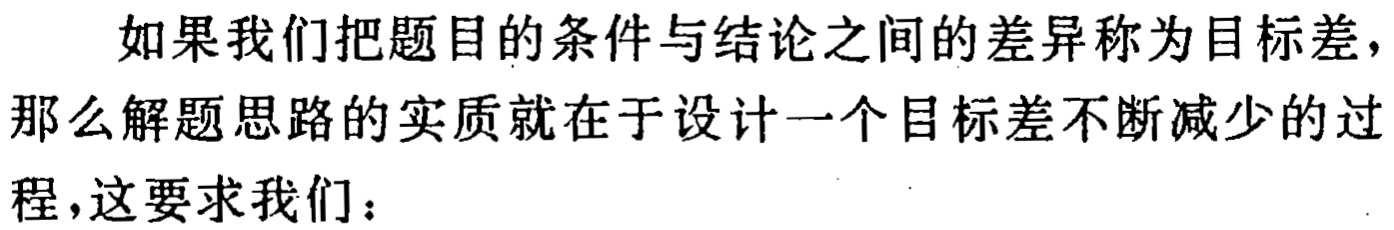
如果我们把题目的条件与结论之间的差异称为目标差，那么解题思路的实质就在于设计一个目标差不断减少的过程，这要求我们：